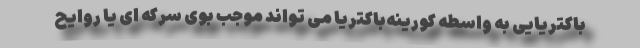
باکتریایی به واسطه کورینه‌باکتریا می تواند موجب بوی سرکه ای یا روایح